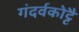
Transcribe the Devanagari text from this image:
गंदर्वकोट्टै